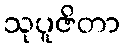
သုပူဇိတာ